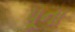
પૂના